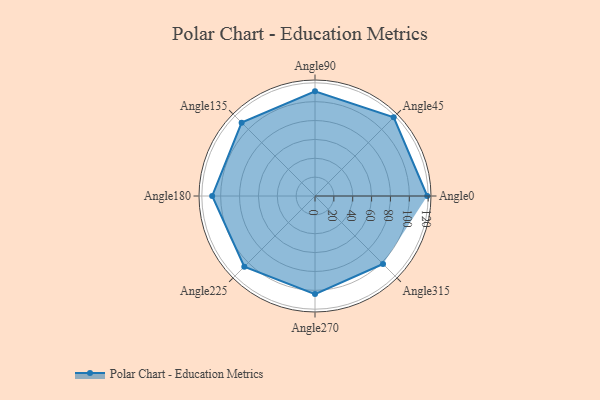
{"axis": {"x": "Angle", "y": "Radius"}, "legend": [""], "data": [{"x": "Angle0", "y": 119.0, "type": ""}, {"x": "Angle45", "y": 118.0, "type": ""}, {"x": "Angle90", "y": 111.0, "type": ""}, {"x": "Angle135", "y": 110.0, "type": ""}, {"x": "Angle180", "y": 109.0, "type": ""}, {"x": "Angle225", "y": 106.0, "type": ""}, {"x": "Angle270", "y": 104.0, "type": ""}, {"x": "Angle315", "y": 102.0, "type": ""}]}